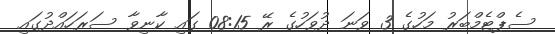
ސެޕްޓެމްބަރު މަހުގެ 3 ވަނަ ދުވަހުގެ ރޭ 08:15 ގައި ކާނިވާ ސަރަހައްދުގައި